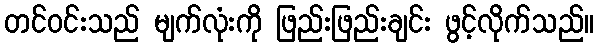
တင်ဝင်းသည် မျက်လုံးကို ဖြည်းဖြည်းချင်း ဖွင့်လိုက်သည်။